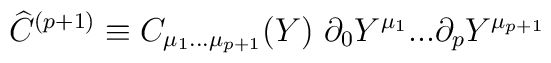
{\widehat C}^{(p+1)}  \equiv C_{\mu_1...\mu_{p+1}}(Y)\  \partial_{0} Y^{\mu_1} ... \partial_{{p}}Y^{\mu_{p+1}}